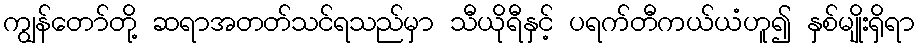
ကျွန်တော်တို့ ဆရာအတတ်သင်ရသည်မှာ သီယိုရီနှင့် ပရက်တီကယ်ယံဟူ၍ နှစ်မျိုးရှိရာ